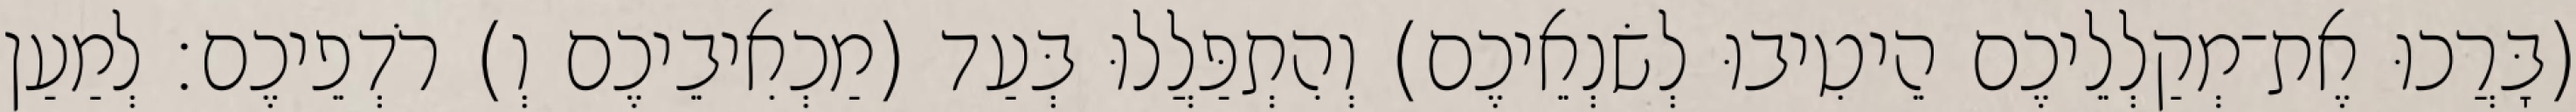
(בָּרֲכוּ אֶת־מְקַלְלֵיכֶם הֵיטִיבוּ לְשׂנְאֵיכֶם) וְהִתְפַּלֲלוּ בְּעַד (מַכְאִיבֵיכֶם וְ) רֹדְפֵיכֶם׃ לְמַעַן